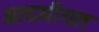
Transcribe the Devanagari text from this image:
आदमीयत